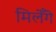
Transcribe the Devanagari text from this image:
मिलेँगे